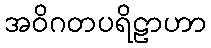
အဝိဂတပရိဠာဟာ